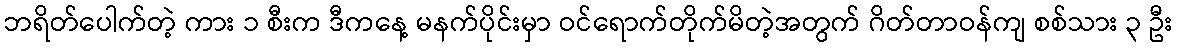
ဘရိတ်ပေါက်တဲ့ ကား ၁ စီးက ဒီကနေ့ မနက်ပိုင်းမှာ ဝင်ရောက်တိုက်မိတဲ့အတွက် ဂိတ်တာဝန်ကျ စစ်သား ၃ ဦး